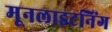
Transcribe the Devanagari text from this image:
मूनलाइटनिंग